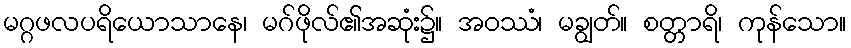
မဂ္ဂဖလပရိယောသာနေ၊ မဂ်ဖိုလ်၏အဆုံး၌။ အဝဿံ၊ မချွတ်။ စတ္တာရိ၊ ကုန်သော။